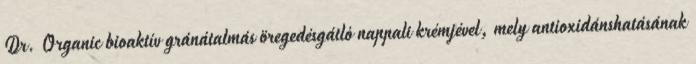
Dr. Organic bioaktív gránátalmás öregedésgátló nappali krémjével, mely antioxidánshatásának